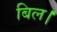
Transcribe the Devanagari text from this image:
बिल।